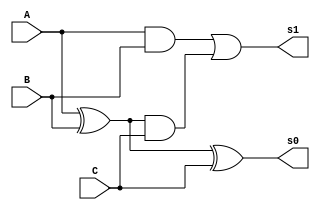
module fullAdder(s1, s0, A, B, C);
	output s1, s0;
	input  A, B, C;
	
	wire midSum = A ^ B;
	assign s0 = midSum ^ C;
	wire midCry2 = midSum & C;
	wire midCry1 = A & B;
	assign s1 = midCry1 | midCry2;
endmodule

module RC_AddSub(cO, ov, out, A, B, opSel);
	output ov, cO;
	output [7:0] out;
	input  opSel;
	input  [7:0] A, B;
	wire   [8:0] C;		// Intermediate carry line
	wire   [7:0] signedB;
	
	assign {C[0], cO} = {opSel, C[8]};
	assign ov = C[8] ^ C[7];
	
	xor xorline[7:0](signedB, B, {8{C[0]}});

	generate
		genvar i;
		for(i=0; i<8; i=i+1) begin: m
			fullAdder FA(C[i+1], out[i], A[i], signedB[i], C[i]);
		end
	endgenerate
endmodule

module register(out, in, clk, en, reset);
	parameter WIDTH = 8;
	
	output reg [WIDTH-1:0] out;
	input  [WIDTH-1:0] in;
	input  reset, en, clk;
	
	always @(posedge clk or negedge reset) begin
		if(~reset)
			out <= {WIDTH{1'b0}};
		else if(en)
			out <= in;
	end
endmodule

module regAddSub(Cout, overflow, S, rA, rB, A, B, wrA, wrB, opSel, clk, reset);
	output Cout, overflow;
	output [7:0] S, rA, rB;
	input  [7:0] A, B;
	input  wrA, wrB, clk, opSel, reset;
	
	wire   [7:0] out;
	wire   ov;
	RC_AddSub RCA(Cout, ov, out, rA, rB, opSel);
	
	register #(8) I0(rA,  A, clk, wrA, reset);
	register #(8) I1(rB,  B, clk, wrB, reset);
	register #(8) O0(S, out, clk, 1'b1, reset);
	register #(1) OV(overflow, ov, clk, 1'b1, reset);
endmodule

// This is some gourmet adder/subtractor as well. Works in A+B mode with 8bit range
// Works is A-B mode with 7bit range. The cue for A-B is SW[9]&SW[8]. Not only does
// the cue convert the B to -B and pass HI carry-in for subtraction, it also switches
// To signed display mode on 7seg Display. The output, if in range will be shown with
// proper sign. + for S < 128, - for S > 128.
module main(HEX3, HEX2, HEX1, HEX0, LEDR, SW, KEY, CLOCK_24);
	output [6:0] HEX3, HEX2, HEX1, HEX0;
	output [1:0] LEDR;
	input  [3:1] KEY;
	input  [9:0] SW;
	input  [0:0] CLOCK_24;
	
	wire   [7:0] S, invS, bin, rA, rB, sel1, sel0;
	wire   [3:0] bcd2, bcd1, bcd0;
	
	regAddSub      RSA(LEDR[1], LEDR[0], S, rA, rB, SW[7:0], SW[7:0], ~KEY[2], ~KEY[1], SW[9] & SW[8], CLOCK_24, KEY[3]);
	
	binToBCD8bit   DEC0(bcd2, bcd1, bcd0, bin);
	bcdToSevSeg    DEC1(HEX0, bcd0);
	bcdToSevSeg    DEC2(HEX1, bcd1);
	bcdToSevSeg    DEC3(HEX2, bcd2);
	
	assign {_, invS} = (S > 8'd127) ? (9'd256 - {1'b0, S}) : {1'b0, S};
	assign HEX3 = {~(SW[9]&SW[8]&S[7]), 6'h3F};
	assign {sel1, sel0} = {  {8{SW[9]}} , {8{SW[8]}}  };
	assign bin = (~sel1 & ~sel0 & S) | (sel1 & sel0 & invS) | (sel1 & ~sel0 & rA) | (~sel1 & sel0 & rB);
endmodule

module binToBCD8bit(bcd2, bcd1, bcd0, S);
	output [3:0] bcd2, bcd1, bcd0;
	input  [7:0] S;

	wire   [3:0] notUsed [0:2];
	
	assign {notUsed[0], bcd0} = (S % 8'd10);
	assign {notUsed[1], bcd1} = (S/8'd10)%8'd10;
	assign {notUsed[2], bcd2} = (S/8'd100);
 endmodule
 
 module bcdToSevSeg(out, in);
	output [6:0] out;
	input  [3:0] in;
	
	wire A = in[3], B = in[2], C =in[1], D = in[0];
	
	assign out[0] = (~A&~C)&(B^D);
	assign out[1] = (~A&B)&(C^D);
	assign out[2] = (~A&~B&C&~D);
	assign out[3] = (~A&B&~(C^D))|(~A&~B&~C&D);
	assign out[4] = (A&D) | (~A&~B&D) | (~A&B&(~C|D));
	assign out[5] = (~A&~B)&(C|D);
	assign out[6] = (~A&~B&~C)|(~A&B&C&D);
endmodule